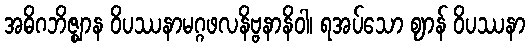
အဓိဂဘိဇ္ဈာန ဝိပဿနာမဂ္ဂဖလနိဗ္ဗနာနိဝါ၊ ရအပ်သော ဈာန် ဝိပဿနာ